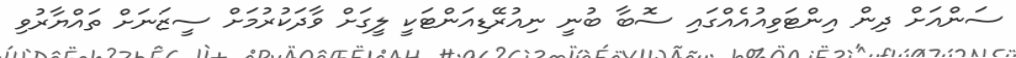
ސަންއަށް ދިން އިންޓަވިއުއެއްގައި ސޮބާ ބުނީ ނިއުރޭޑިއަންޓަކީ ލީގަށް ވާދަކުރުމަށް ސީޒަނަށް ތައްޔާރުވި